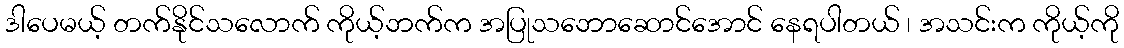
ဒါပေမယ့် တက်နိုင်သလောက် ကိုယ့်ဘက်က အပြုသဘောဆောင်အောင် နေရပါတယ် ၊ အသင်းက ကိုယ့်ကို